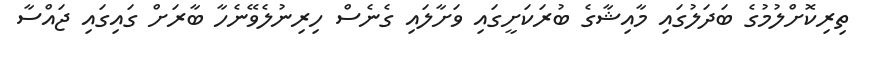
ތިރިކޮށްލުމުގެ ބަދަލުގައި މާއިޝާގެ ބުރަކަށީގައި ވަށާލައި ގެނެސް ހިރިނުލެވޭނެހާ ބާރަށް ގައިގައި ޖައްސާ